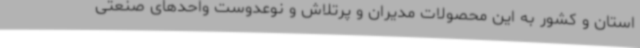
استان و کشور به این محصولات مدیران و پرتلاش و نوعدوست واحدهای صنعتی